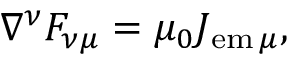
\nabla ^ { \nu } F _ { \nu \mu } = \mu _ { 0 } J _ { \mathrm { e m } \, \mu } ,